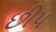
છીપ